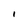
Character: I